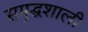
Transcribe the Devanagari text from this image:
समृद्घशाली